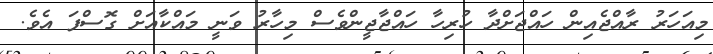
މިއަހަރު ރާއްޖެއިން ހައްޖަށްދާ ހުރިހާ ހައްޖާޖީންވެސް މިހާރު ވަނީ މައްކާއަށް ގޮސްފަ އެވެ.